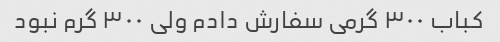
کباب ۳۰۰ گرمی سفارش دادم ولی ۳۰۰ گرم نبود